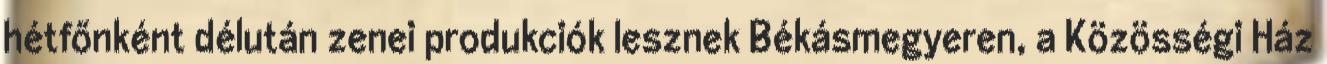
hétfőnként délután zenei produkciók lesznek Békásmegyeren, a Közösségi Ház